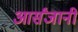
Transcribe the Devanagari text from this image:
आर्संजानी